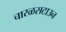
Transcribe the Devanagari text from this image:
चारळसटाउन